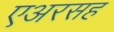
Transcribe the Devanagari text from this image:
एअरसह